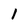
Character: 1